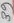
Text: 39